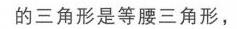
的三角形是等腰三角形，